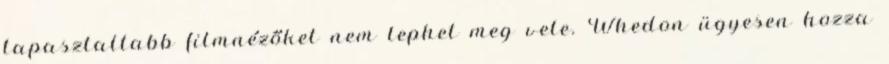
tapasztaltabb filmnézőket nem lephet meg vele. Whedon ügyesen hozza